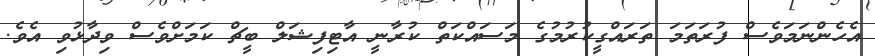
އެހެންނަމަވެސް ފުރަތަމަ ތަރައްގީކުރުމުގެ މަސައްކަތް ކުރާނީ އާޓިފިޝަލް ބީޗް ކަމަށްވެސް ވިދާޅުވި އެވެ.